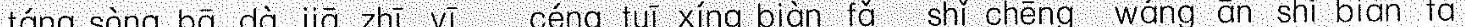
táng sòng bā dà jiā zhī yī céng tuī xíng biàn fǎ shǐ chēng wáng ān shí biàn fǎ